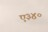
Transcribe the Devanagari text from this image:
ए३४०